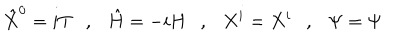
{ \hat { X } } ^ { 0 } = i T , { \hat { H } } = - i H , X ^ { i } = X ^ { i } , \Psi = \Psi